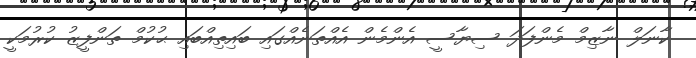
ކާނަލް ނާޒިމް މެންފަދަ ސިޔާސީ އެންމެން އެއްތަނެއްގައި ބައިތިއްބައި ޙުކުމް ތަންފީޒު ކުރުމަކީ